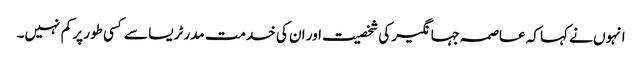
انہوں نے کہا کہ عاصمہ جہانگیر کی شخصیت اور ان کی خدمت مدر ٹریسا سے کسی طور پر کم نہیں۔